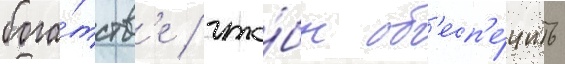
бога́тств'е / что́бы об'есп'е́чить